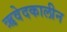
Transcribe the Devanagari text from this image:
ऋवेदकालीन